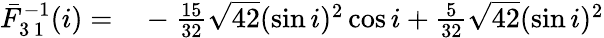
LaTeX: \begin{array}{rl}{\bar{F}_{3\, 1}^{-1}(i)=}&{{}-\frac{15}{32}\sqrt{42}(\sin i)^{2}\cos i+\frac{5}{32}\sqrt{42}(\sin i)^{2}}\end{array}